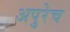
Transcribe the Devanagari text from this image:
अपुरेच